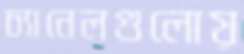
চ্যানেলগুলোয়